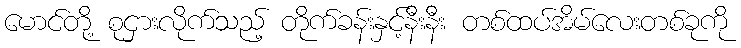
မောင်တို့ စုငှားလိုက်သည့် တိုက်ခန်းနှင့်နီးနီး တစ်ထပ်အိမ်လေးတစ်ခုကို